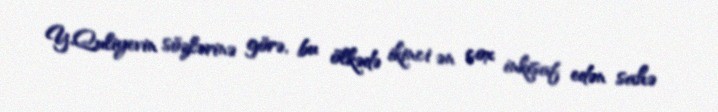
Y.Quliyevin sözlərinə görə, bu ölkədə ikinci ən çox inkişaf edən sahə